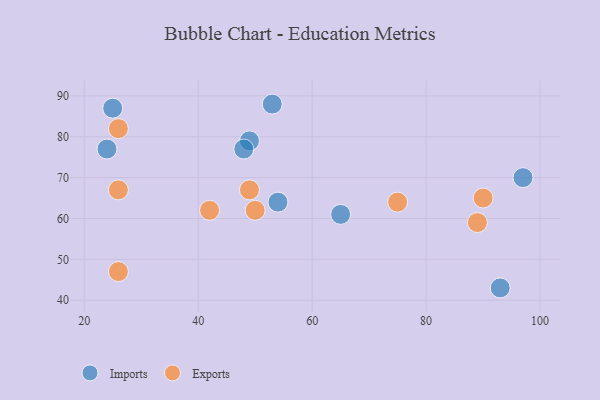
{"axis": {"x": "GDP", "y": "Life Expectancy"}, "legend": ["Exports", "Imports"], "data": [{"x": "49", "y": 79, "type": "Imports"}, {"x": "24", "y": 77, "type": "Imports"}, {"x": "97", "y": 70, "type": "Imports"}, {"x": "54", "y": 64, "type": "Imports"}, {"x": "48", "y": 77, "type": "Imports"}, {"x": "65", "y": 61, "type": "Imports"}, {"x": "53", "y": 88, "type": "Imports"}, {"x": "25", "y": 87, "type": "Imports"}, {"x": "93", "y": 43, "type": "Imports"}, {"x": "49", "y": 67, "type": "Exports"}, {"x": "50", "y": 62, "type": "Exports"}, {"x": "26", "y": 47, "type": "Exports"}, {"x": "75", "y": 64, "type": "Exports"}, {"x": "26", "y": 82, "type": "Exports"}, {"x": "89", "y": 59, "type": "Exports"}, {"x": "26", "y": 67, "type": "Exports"}, {"x": "90", "y": 65, "type": "Exports"}, {"x": "42", "y": 62, "type": "Exports"}]}